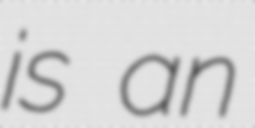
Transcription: is an